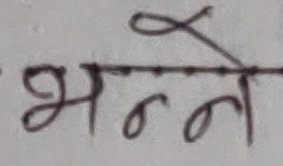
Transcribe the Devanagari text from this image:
भन्ने